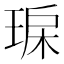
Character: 𤥾